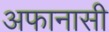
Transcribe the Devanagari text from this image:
अफानासी